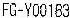
FG-Y00183